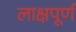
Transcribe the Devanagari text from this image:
लाक्षपूर्ण